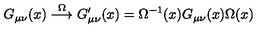
G _ { \mu \nu } ( x ) \stackrel { \Omega } { \longrightarrow } G _ { \mu \nu } ^ { \prime } ( x ) = \Omega ^ { - 1 } ( x ) G _ { \mu \nu } ( x ) \Omega ( x )